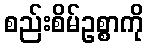
စည်းစိမ်ဥစ္စာကို